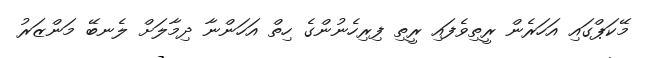
މޭކަޕްގައި އަހަރެން ރީތިވެފައި ރީތި ފިރިހެނުންގެ ހިތް އަހަންނާ ދިމާލަށް ލެނބޭ މަންޒަރު